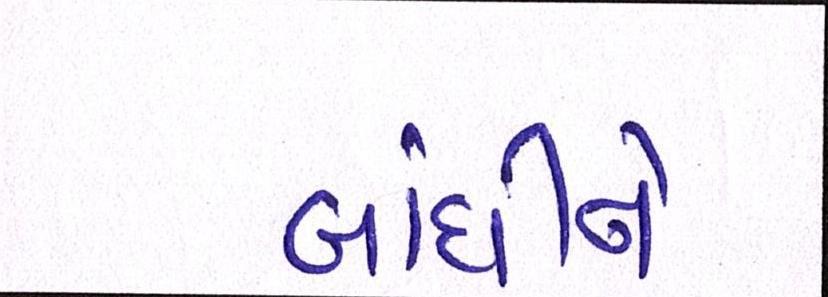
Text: બાંધીને